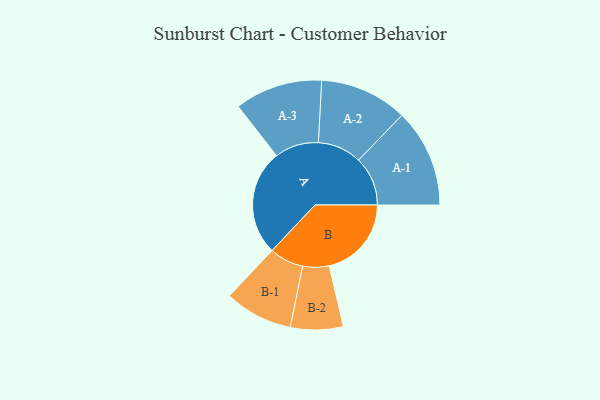
{"axis": {"x": "Segment", "y": "Value"}, "legend": ["", "A", "B"], "data": [{"x": "A", "y": 402, "type": ""}, {"x": "B", "y": 313, "type": ""}, {"x": "A-1", "y": 187, "type": "A"}, {"x": "A-2", "y": 167, "type": "A"}, {"x": "A-3", "y": 167, "type": "A"}, {"x": "B-1", "y": 130, "type": "B"}, {"x": "B-2", "y": 100, "type": "B"}]}